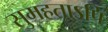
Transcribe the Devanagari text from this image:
सुमहताऽपि